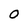
Character: O